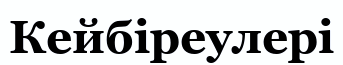
Кейбіреулері